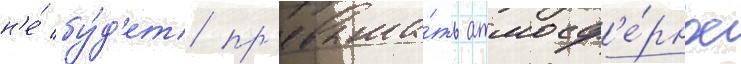
н'е́ бу́д'ет пр'евыша́ть атмосф'е́рное